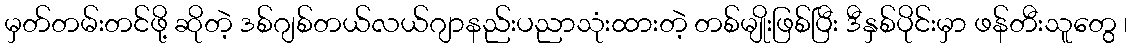
မှတ်တမ်းတင်ဖို့ ဆိုတဲ့ ဒစ်ဂျစ်တယ်လယ်ဂျာနည်းပညာသုံးထားတဲ့ တစ်မျိုးဖြစ်ပြီး ဒီနှစ်ပိုင်းမှာ ဖန်တီးသူတွေ ၊